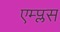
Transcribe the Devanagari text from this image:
एम्प्लस